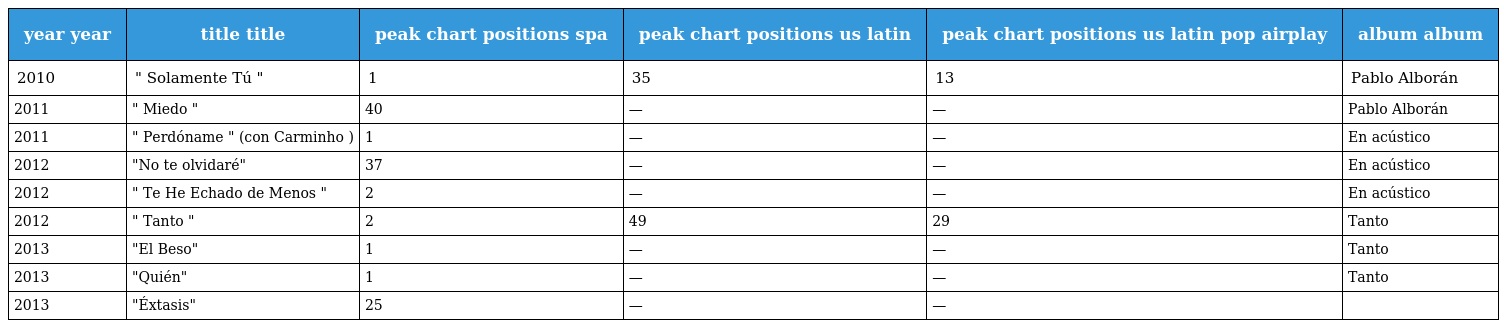
| year year | title title | peak chart positions spa | peak chart positions us latin | peak chart positions us latin pop airplay | album album |
 | --- | --- | --- | --- | --- | --- |
 | 2010 | " Solamente Tú " | 1 | 35 | 13 | Pablo Alborán |
 | 2011 | " Miedo " | 40 | — | — | Pablo Alborán |
 | 2011 | " Perdóname " (con Carminho ) | 1 | — | — | En acústico |
 | 2012 | "No te olvidaré" | 37 | — | — | En acústico |
 | 2012 | " Te He Echado de Menos " | 2 | — | — | En acústico |
 | 2012 | " Tanto " | 2 | 49 | 29 | Tanto |
 | 2013 | "El Beso" | 1 | — | — | Tanto |
 | 2013 | "Quién" | 1 | — | — | Tanto |
 | 2013 | "Éxtasis" | 25 | — | — |  |